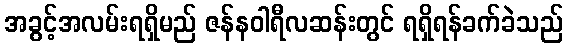
အခွင့်အလမ်းရရှိမည် ဇန်နဝါရီလဆန်းတွင် ရရှိရန်ခက်ခဲသည်